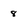
Character: 8